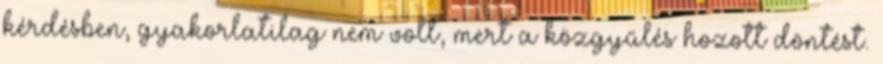
kérdésben, gyakorlatilag nem volt, mert a közgyűlés hozott döntést.